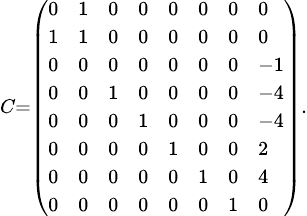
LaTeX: \scriptstyle C={\left(\begin{array}{llllllll}{0}&{1}&{0}&{0}&{0}&{0}&{0}&{0}\\ {1}&{1}&{0}&{0}&{0}&{0}&{0}&{0}\\ {0}&{0}&{0}&{0}&{0}&{0}&{0}&{-1}\\ {0}&{0}&{1}&{0}&{0}&{0}&{0}&{-4}\\ {0}&{0}&{0}&{1}&{0}&{0}&{0}&{-4}\\ {0}&{0}&{0}&{0}&{1}&{0}&{0}&{2}\\ {0}&{0}&{0}&{0}&{0}&{1}&{0}&{4}\\ {0}&{0}&{0}&{0}&{0}&{0}&{1}&{0}\end{array}\right)}.